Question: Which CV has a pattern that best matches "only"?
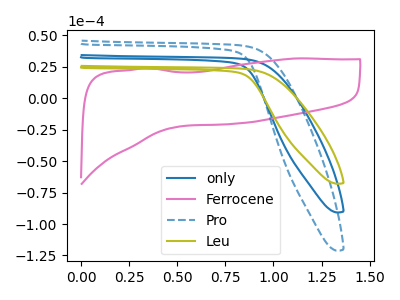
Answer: <think>The blue curve "only" has no peaks. The pink curve "Ferrocene" has no peaks. The blue dashed curve "Pro" has no peaks. The olive curve "Leu" has no peaks.
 Neither "only" or "Ferrocene" have any peaks. Neither "only" or "Pro" have any peaks. Neither "only" or "Leu" have any peaks. Neither "Ferrocene" or "Pro" have any peaks. Neither "Ferrocene" or "Leu" have any peaks. Neither "Pro" or "Leu" have any peaks.</think>
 <answer>"only", "Ferrocene" and "Pro" have a similar shape to "Leu".</answer>
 <eval>"only" "Ferrocene" "Pro"</eval>